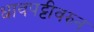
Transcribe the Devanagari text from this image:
धावपट्टीवरुन